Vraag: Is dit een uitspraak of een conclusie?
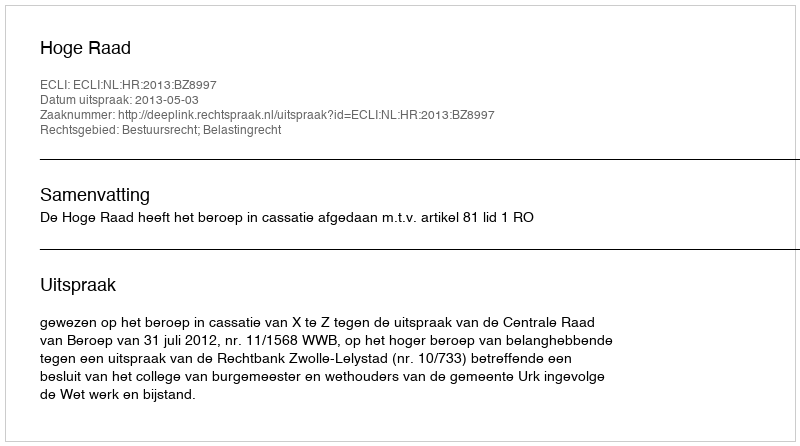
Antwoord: Uitspraak